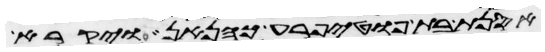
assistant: אסנת בת פוטיפרע כהנאן ויקרא